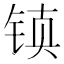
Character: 𰾂